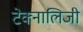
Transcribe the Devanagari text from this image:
टेक्नालिजी